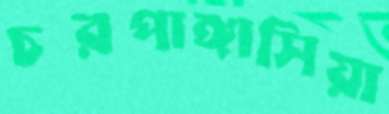
চরপাঙ্গাসিয়া